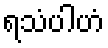
ရသံပါဟံ